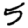
Digit: 5